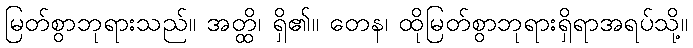
မြတ်စွာဘုရားသည်။ အတ္ထိ၊ ရှိ၏။ တေန၊ ထိုမြတ်စွာဘုရားရှိရာအရပ်သို့။